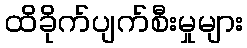
ထိခိုက်ပျက်စီးမှုများ